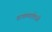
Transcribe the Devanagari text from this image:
वाचण्याऐवजी